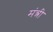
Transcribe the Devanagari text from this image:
मंत्त्री